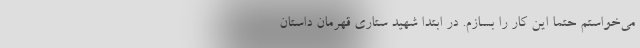
می‌خواستم حتما این کار را بسازم. در ابتدا شهید ستاری قهرمان داستان